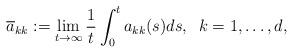
LaTeX: \begin{align*}\overline{a}_{kk}:=\lim_{t\to\infty} \frac{1}{t}\int_{0}^t a_{kk}(s)ds ,\;\; k= 1, \dots, d,\end{align*}